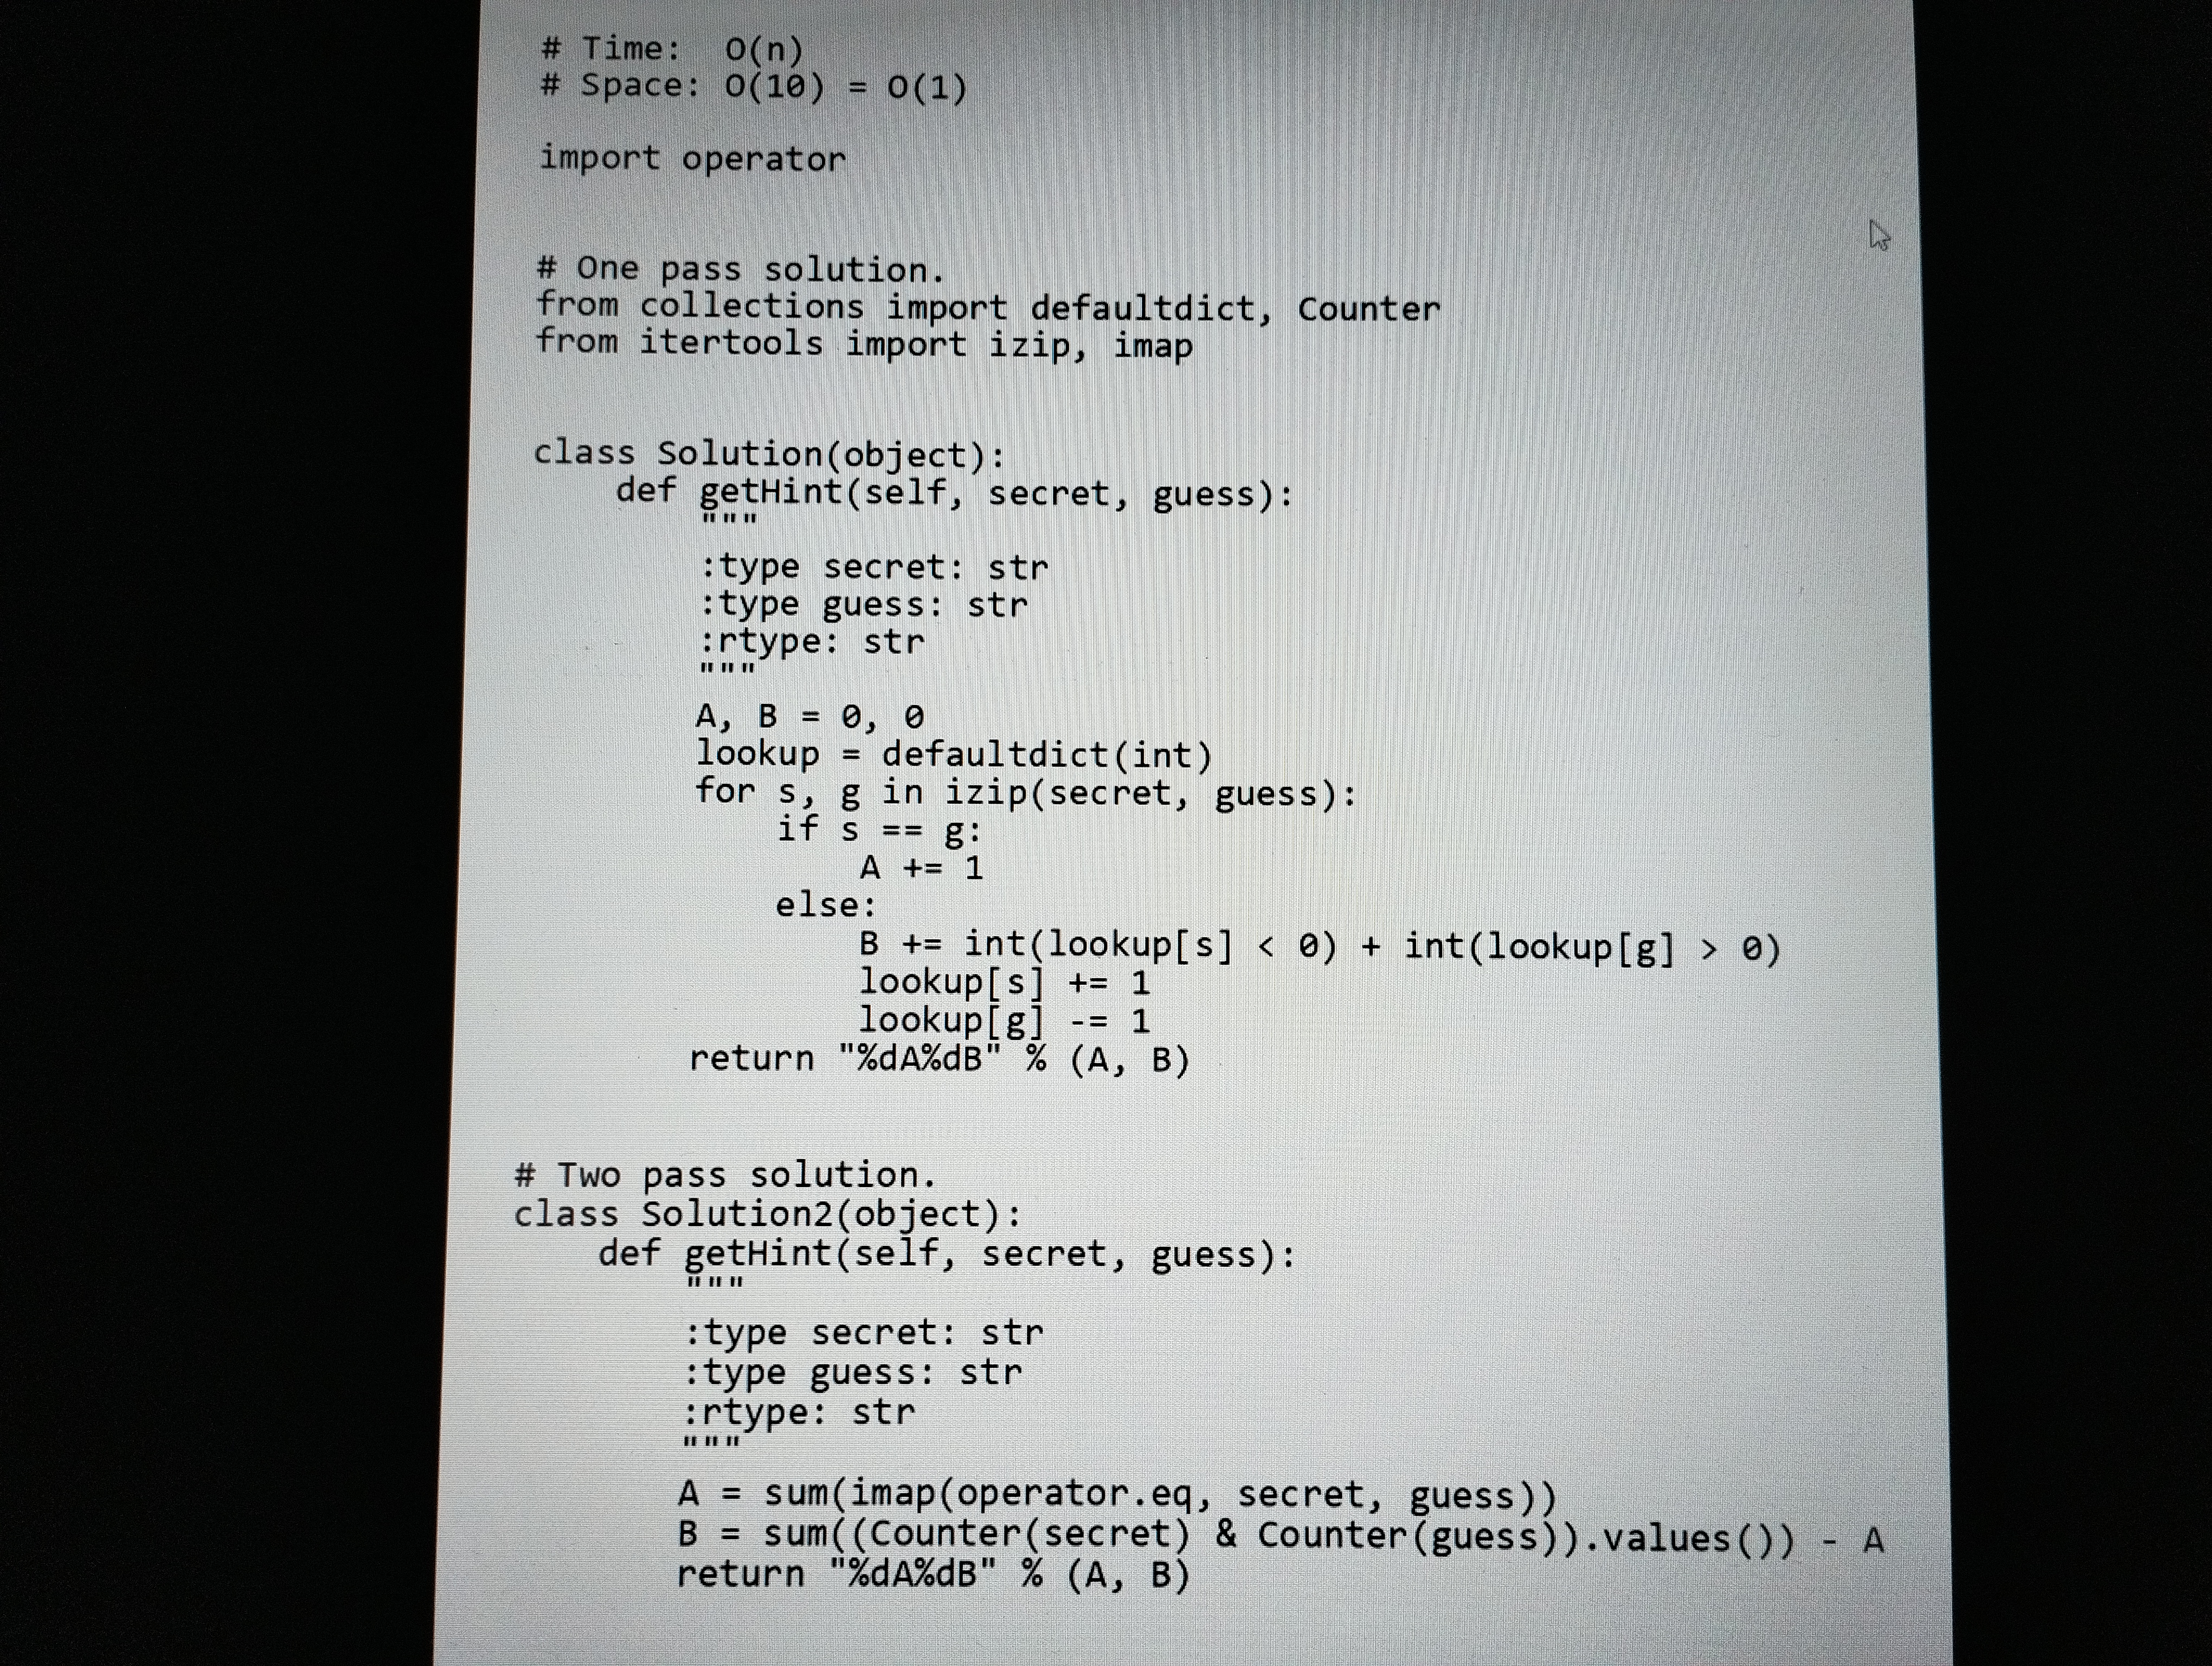
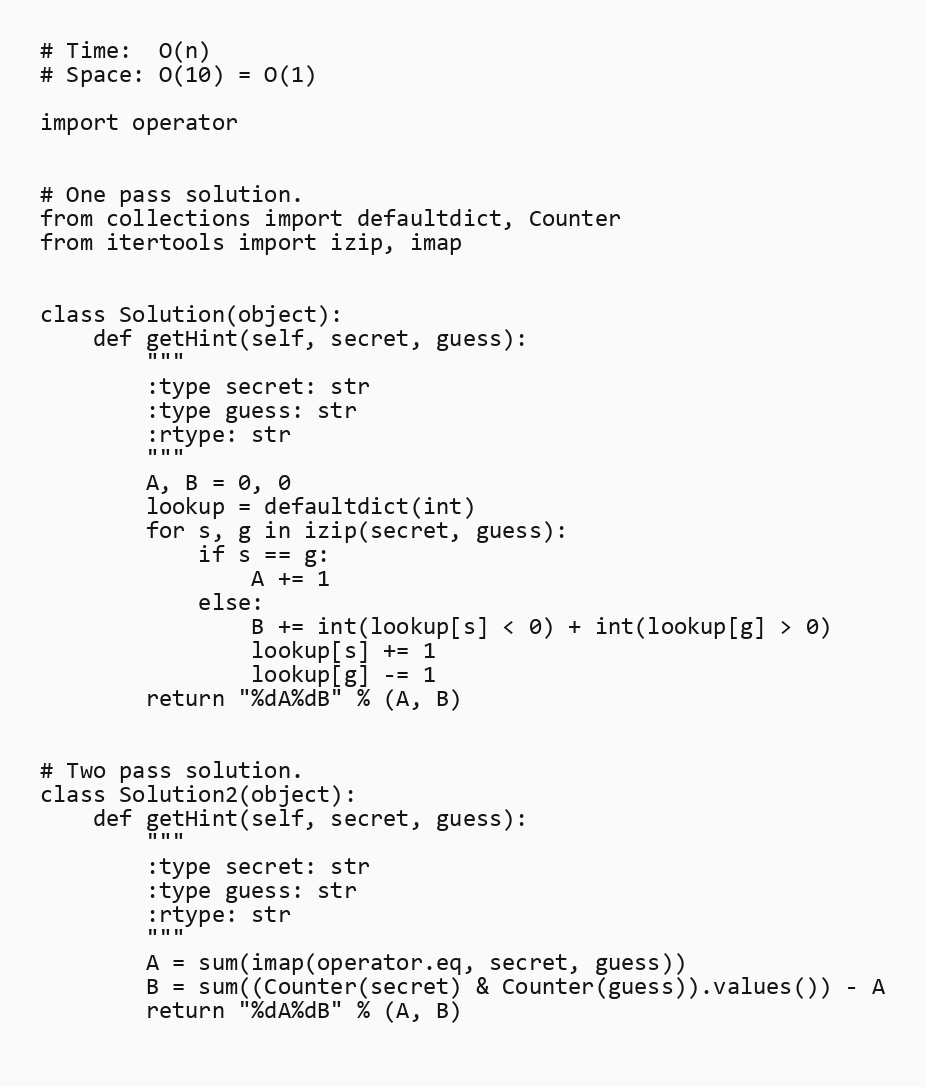
# Time:  O(n)
# Space: O(10) = O(1)

import operator

# One pass solution.
from collections import defaultdict, Counter
from itertools import izip, imap

class Solution(object):
    def getHint(self, secret, guess):
        """
        :type secret: str
        :type guess: str
        :rtype: str
        """
        A, B = 0, 0
        lookup = defaultdict(int)
        for s, g in izip(secret, guess):
            if s == g:
                A += 1
            else:
                B += int(lookup[s] < 0) + int(lookup[g] > 0)
                lookup[s] += 1
                lookup[g] -= 1
        return "%dA%dB" % (A, B)

# Two pass solution.
class Solution2(object):
    def getHint(self, secret, guess):
        """
        :type secret: str
        :type guess: str
        :rtype: str
        """
        A = sum(imap(operator.eq, secret, guess))
        B = sum((Counter(secret) & Counter(guess)).values()) - A
        return "%dA%dB" % (A, B)